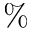
\%